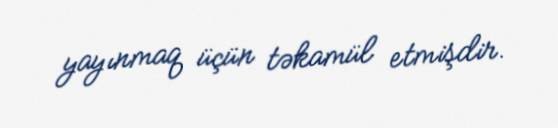
yayınmaq üçün təkamül etmişdir.